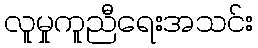
လူမှုကူညီရေးအသင်း